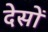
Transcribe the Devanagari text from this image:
देसों